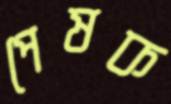
পেষক